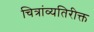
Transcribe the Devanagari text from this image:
चित्रांव्यतिरीक्त